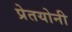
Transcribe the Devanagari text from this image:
प्रेतयोनी